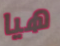
هيا